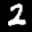
Label: 2